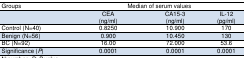
| Groups | <COLSPAN=3> Median of serum values |
 | --- | --- | --- | --- |
 |  | CEA (ng/ml) | CA15-3 (ng/ml) | IL-12 (pg/ml) |
 | Control (N=40) | 0.8250 | 10.900 | 170 |
 | Benign (N=56) | 0.900 | 10.450 | 130 |
 | BC (N=92) | 16.00 | 72.000 | 53.6 |
 | Significance (P) | 0.0001 | 0.0001 | 0.0001 |